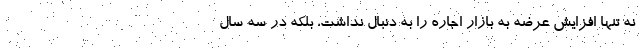
نه تنها افزایش عرضه به بازار اجاره را به دنبال نداشت، بلکه در سه سال